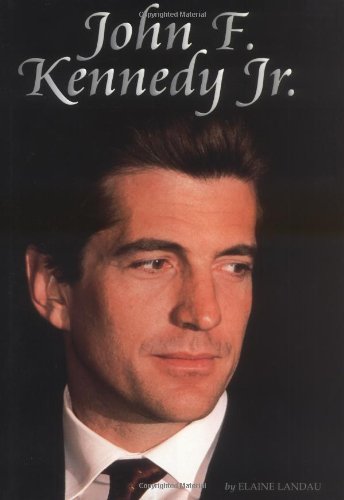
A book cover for John F. Kennedy, Jr. (Biographies); Elaine Landai; Teen & Young Adult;